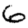
Digit: 6